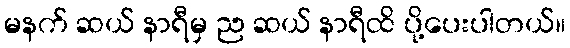
မနက် ဆယ် နာရီမှ ည ဆယ် နာရီထိ ပို့ပေးပါတယ်။